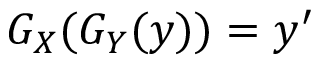
G _ { X } ( G _ { Y } ( y ) ) = y ^ { \prime }